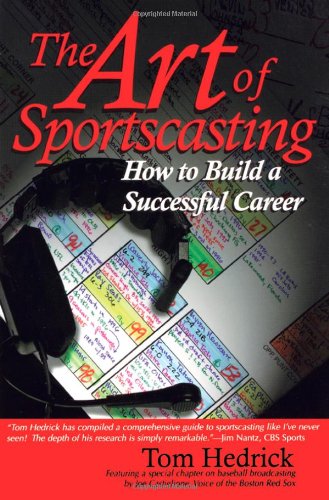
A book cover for The Art of Sportscasting: How to Build a Successful Career; Tom Hedrick; Sports & Outdoors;